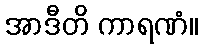
အာဒီတိ ကာရဏံ။